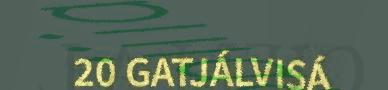
20 GATJÁLVISÁ